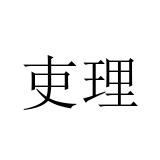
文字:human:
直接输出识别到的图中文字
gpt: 吏理